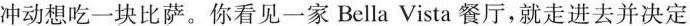
冲动想吃一块比萨。你看见一家Bella Vista餐厅，就走进去并决定